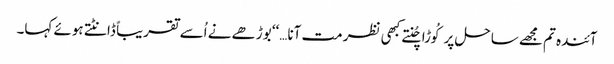
آئندہ تم مجھے ساحل پر کُوڑا چُنتےکبھی نظر مت آنا…‘‘ بوڑھے نے اُسے تقریباً ڈانٹتے ہوئے کہا۔